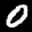
Label: 0